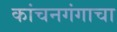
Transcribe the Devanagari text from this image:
कांचनगंगाचा